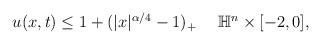
LaTeX: \begin{align*} \begin{aligned} u(x,t)\leq 1+(|x|^{\alpha/4}-1)_+~~~~\mathbb{H}^n\times[-2,0], \end{aligned} \end{align*}